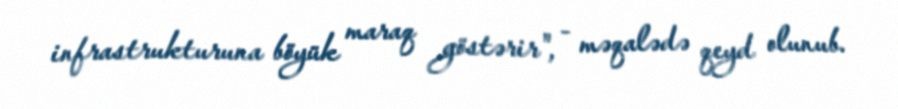
infrastrukturuna böyük maraq göstərir", - məqalədə qeyd olunub.